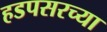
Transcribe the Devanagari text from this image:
हडपसरच्या